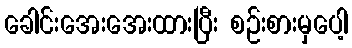
ခေါင်းအေးအေးထားပြီး စဉ်းစားမှပေါ့